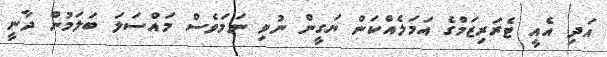
އަދި އެއީ ޓެރަރިޒަމްގެ އަމަލެއްކަން ޔަގީން ނުވި ނަމަވެސް މައްސަލަ ބަލަމުން ދާނީ